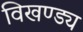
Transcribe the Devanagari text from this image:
विखण्ड्य